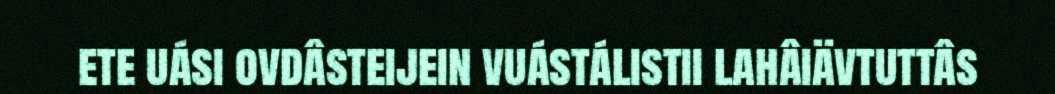
ete uási ovdâsteijein vuástálistii lahâiävtuttâs